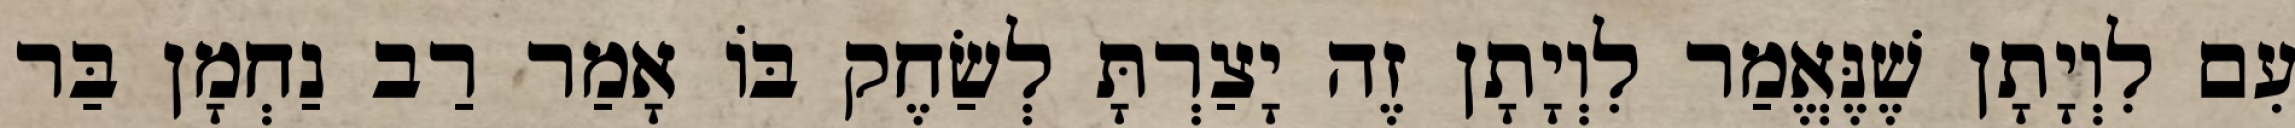
עִם לִוְיָתָן שֶׁנֶּאֱמַר לִוְיָתָן זֶה יָצַרְתָּ לְשַׂחֶק בּוֹ אָמַר רַב נַחְמָן בַּר